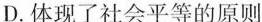
D.体现了社会平等的原则